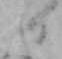
日